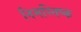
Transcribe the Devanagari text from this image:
निमस्तिष्क